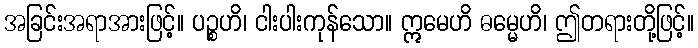
အခြင်းအရာအားဖြင့်။ ပဉ္စဟိ၊ ငါးပါးကုန်သော။ ဣမေဟိ ဓမ္မေဟိ၊ ဤတရားတို့ဖြင့်။